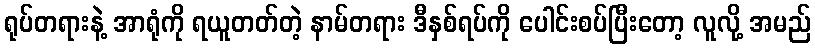
ရုပ်တရားနဲ့ အာရုံကို ရယူတတ်တဲ့ နာမ်တရား ဒီနှစ်ရပ်ကို ပေါင်းစပ်ပြီးတော့ လူလို့ အမည်